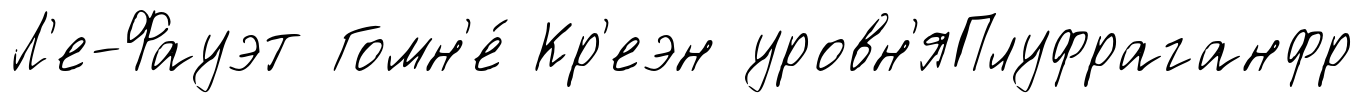
Л'е-Фауэт Гомн'е́ Кр'еэн уровн'яПлуфраганфр